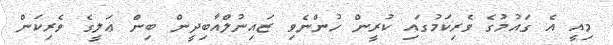
މިއީ އެ ގައުމުގެ ވެރިކަމުގައި ކުރީން ހުންނެވި ޒައިނުލްއާބިދީން ބިން ޢަލީގެ ވެރިކަން